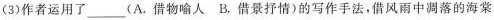
(3)作者运用了___(A.借物喻人 B.借景抒情)的写作手法，借风雨中凋落的海棠